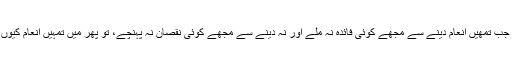
یعنی جب تمھیں انعام دینے سے مجھے کوئی فائدہ نہ ملے اور نہ دینے سے مجھے کوئی نقصان نہ پہنچے، تو پھر میں تمہیں انعام کیوں دوں۔